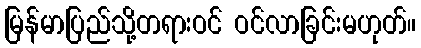
မြန်မာပြည်သို့တရားဝင် ဝင်လာခြင်းမဟုတ်။